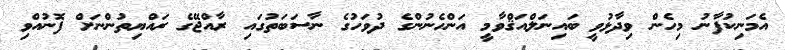
އެމަނިކުފާނު މިހެން ވިދާޅުވީ ބައިނަލްއަޤްވާމީ އަންހެނުންގެ ދުވަހުގެ ނާސަބަތުގައި ރާއްޖޭގެ ރައްޔިތުންނަށް ފޮނުއްވި